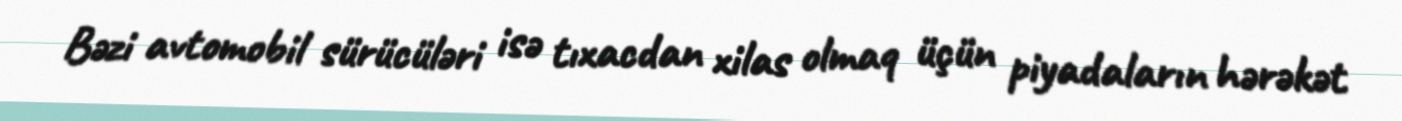
Bəzi avtomobil sürücüləri isə tıxacdan xilas olmaq üçün piyadaların hərəkət